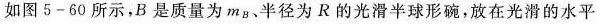
如图5-60所示，B是质量为m_{b}、半径为R的光滑半球形碗，放在光滑的水平